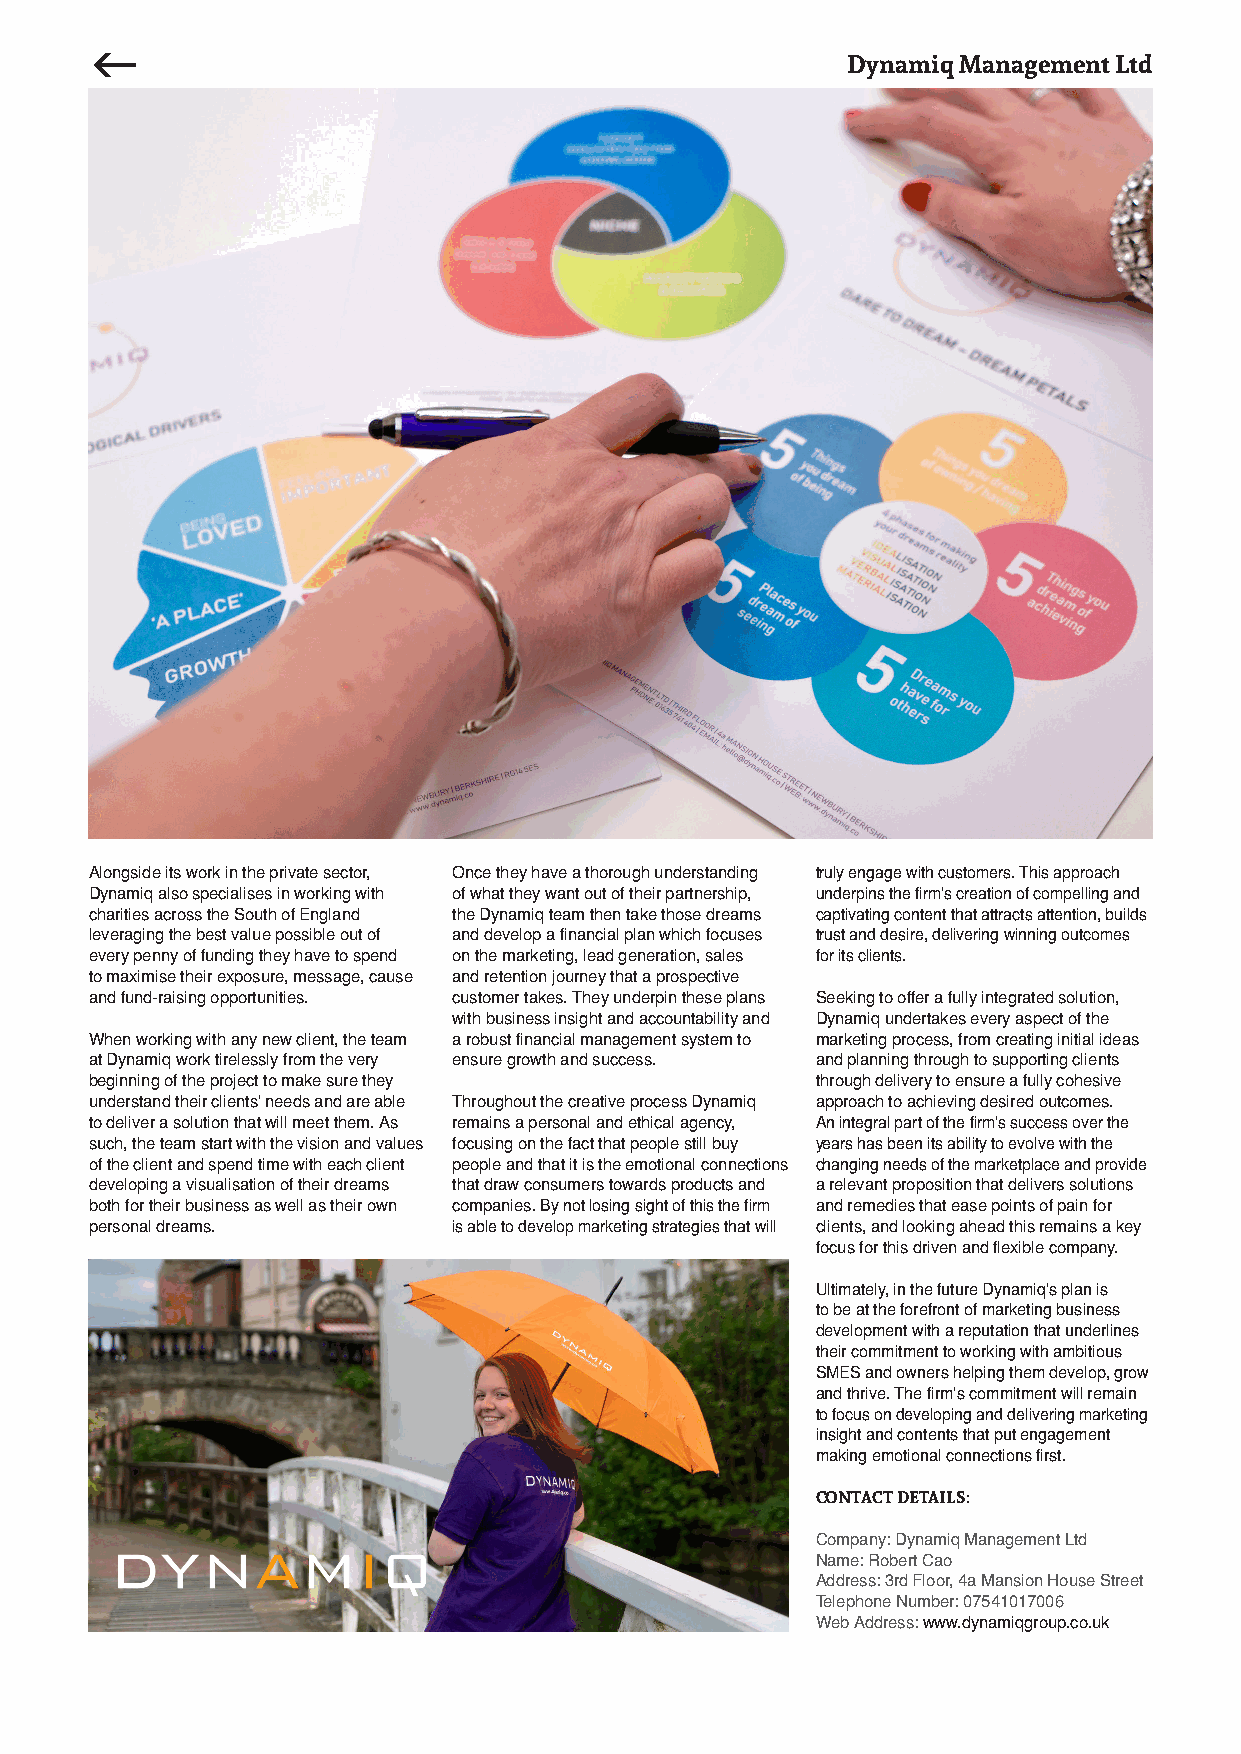
Dynamiq Management Ltd
 Alongside its work in the private sector, Once they have a thorough understanding truly engage with customers. This approach
 Dynamiq also specialises in working with of what they want out of their partnership, underpins the firm’s creation of compelling and
 charities across the South of England the Dynamiq team then take those dreams captivating content that attracts attention, builds
 leveraging the best value possible out of and develop a financial plan which focuses trust and desire, delivering winning outcomes
 every penny of funding they have to spend on the marketing, lead generation, sales for its clients.
 to maximise their exposure, message, cause and retention journey that a prospective
 and fund-raising opportunities. customer takes. They underpin these plans Seeking to offer a fully integrated solution,
 with business insight and accountability and Dynamiq undertakes every aspect of the
 When working with any new client, the team a robust financial management system to marketing process, from creating initial ideas
 at Dynamiq work tirelessly from the very ensure growth and success. and planning through to supporting clients
 beginning of the project to make sure they      through delivery to ensure a fully cohesive
 understand their clients’ needs and are able Throughout the creative process Dynamiq approach to achieving desired outcomes.
 to deliver a solution that will meet them. As remains a personal and ethical agency, An integral part of the firm’s success over the
 such, the team start with the vision and values focusing on the fact that people still buy years has been its ability to evolve with the
 of the client and spend time with each client people and that it is the emotional connections changing needs of the marketplace and provide
 developing a visualisation of their dreams that draw consumers towards products and a relevant proposition that delivers solutions
 both for their business as well as their own companies. By not losing sight of this the firm and remedies that ease points of pain for
 personal dreams.        is able to develop marketing strategies that will clients, and looking ahead this remains a key
 focus for this driven and flexible company.
 Ultimately, in the future Dynamiq’s plan is
 to be at the forefront of marketing business
 development with a reputation that underlines
 their commitment to working with ambitious
 SMES and owners helping them develop, grow
 and thrive. The firm’s commitment will remain
 to focus on developing and delivering marketing
 insight and contents that put engagement
 making emotional connections first.
 CONTACT DETAILS:
 Company: Dynamiq Management Ltd
 Name: Robert Cao
 Address: 3rd Floor, 4a Mansion House Street
 Telephone Number: 07541017006
 Web Address: www.dynamiqgroup.co.uk
 g